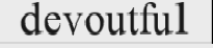
devoutful